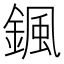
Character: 𩗩